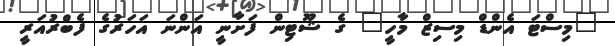
"މިސްޓަ އެންޑް މިސިޒް މާހީ" ގެ ޝޫޓިން ފަށާނީ އަންނަ އަހަރުގެ ފެބްރުއަރީ